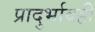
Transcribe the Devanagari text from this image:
प्रादुर्भावही